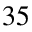
3 5